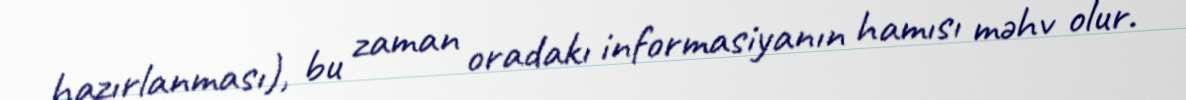
hazırlanması), bu zaman oradakı informasiyanın hamısı məhv olur.